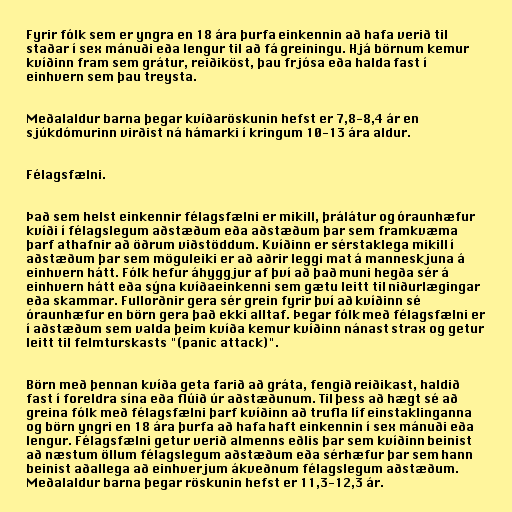
Fyrir fólk sem er yngra en 18 ára þurfa einkennin að hafa verið til
staðar í sex mánuði eða lengur til að fá greiningu. Hjá börnum kemur
kvíðinn fram sem grátur, reiðiköst, þau frjósa eða halda fast í
einhvern sem þau treysta.

Meðalaldur barna þegar kvíðaröskunin hefst er 7,8-8,4 ár en
sjúkdómurinn virðist ná hámarki í kringum 10-13 ára aldur.

Félagsfælni.

Það sem helst einkennir félagsfælni er mikill, þrálátur og óraunhæfur
kvíði í félagslegum aðstæðum eða aðstæðum þar sem framkvæma
þarf athafnir að öðrum viðstöddum. Kvíðinn er sérstaklega mikill í
aðstæðum þar sem möguleiki er að aðrir leggi mat á manneskjuna á
einhvern hátt. Fólk hefur áhyggjur af því að það muni hegða sér á
einhvern hátt eða sýna kvíðaeinkenni sem gætu leitt til niðurlægingar
eða skammar. Fullorðnir gera sér grein fyrir því að kvíðinn sé
óraunhæfur en börn gera það ekki alltaf. Þegar fólk með félagsfælni er
í aðstæðum sem valda þeim kvíða kemur kvíðinn nánast strax og getur
leitt til felmturskasts "(panic attack)".

Börn með þennan kvíða geta farið að gráta, fengið reiðikast, haldið
fast í foreldra sína eða flúið úr aðstæðunum. Til þess að hægt sé að
greina fólk með félagsfælni þarf kvíðinn að trufla líf einstaklinganna
og börn yngri en 18 ára þurfa að hafa haft einkennin í sex mánuði eða
lengur. Félagsfælni getur verið almenns eðlis þar sem kvíðinn beinist
að næstum öllum félagslegum aðstæðum eða sérhæfur þar sem hann
beinist aðallega að einhverjum ákveðnum félagslegum aðstæðum.
Meðalaldur barna þegar röskunin hefst er 11,3-12,3 ár.